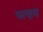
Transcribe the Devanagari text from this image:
पल्हव